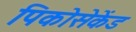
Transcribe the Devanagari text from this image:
पिकोसेकेंड